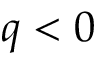
q < 0